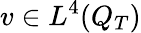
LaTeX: v\in L^{4}(Q_{T})